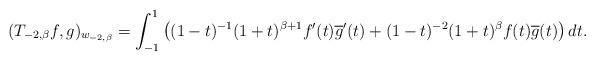
LaTeX: \begin{align*}(T_{-2,\beta}f,g)_{w_{-2,\beta}}=\int_{-1}^{1}\left( (1-t)^{-1}(1+t)^{\beta+1}f^{\prime}(t)\overline{g}^{\prime}(t)+(1-t)^{-2}(1+t)^{\beta}f(t)\overline{g}(t)\right) dt. \end{align*}